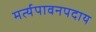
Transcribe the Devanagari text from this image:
मर्त्यपावनपदाय